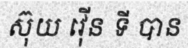
ស៊ុយ វ៉ើន ទី បាន